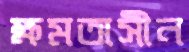
ক্ষমতাসীন